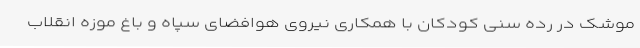
موشک در رده سنی کودکان با همکاری نیروی هوافضای سپاه و باغ موزه انقلاب